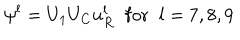
LaTeX: \psi ^ { l } = U _ { 1 } U _ { C } u _ { R } ^ { l } \; \; \mathrm { f o r } \; \; l = 7 , 8 , 9